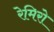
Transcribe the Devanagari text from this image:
रेमिरो